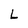
Character: L